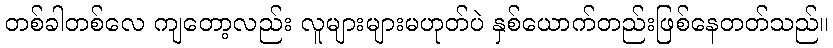
တစ်ခါတစ်လေ ကျတော့လည်း လူများများမဟုတ်ပဲ နှစ်ယောက်တည်းဖြစ်နေတတ်သည်။